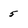
Character: 5